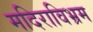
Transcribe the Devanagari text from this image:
मदिराविभ्रम